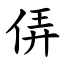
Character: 㑝